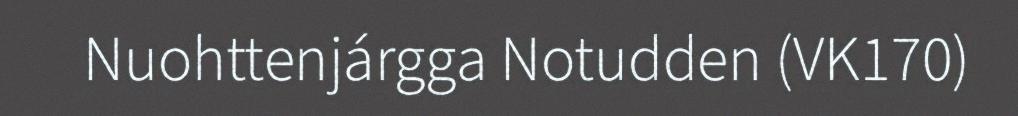
Nuohttenjárgga Notudden (VK170)